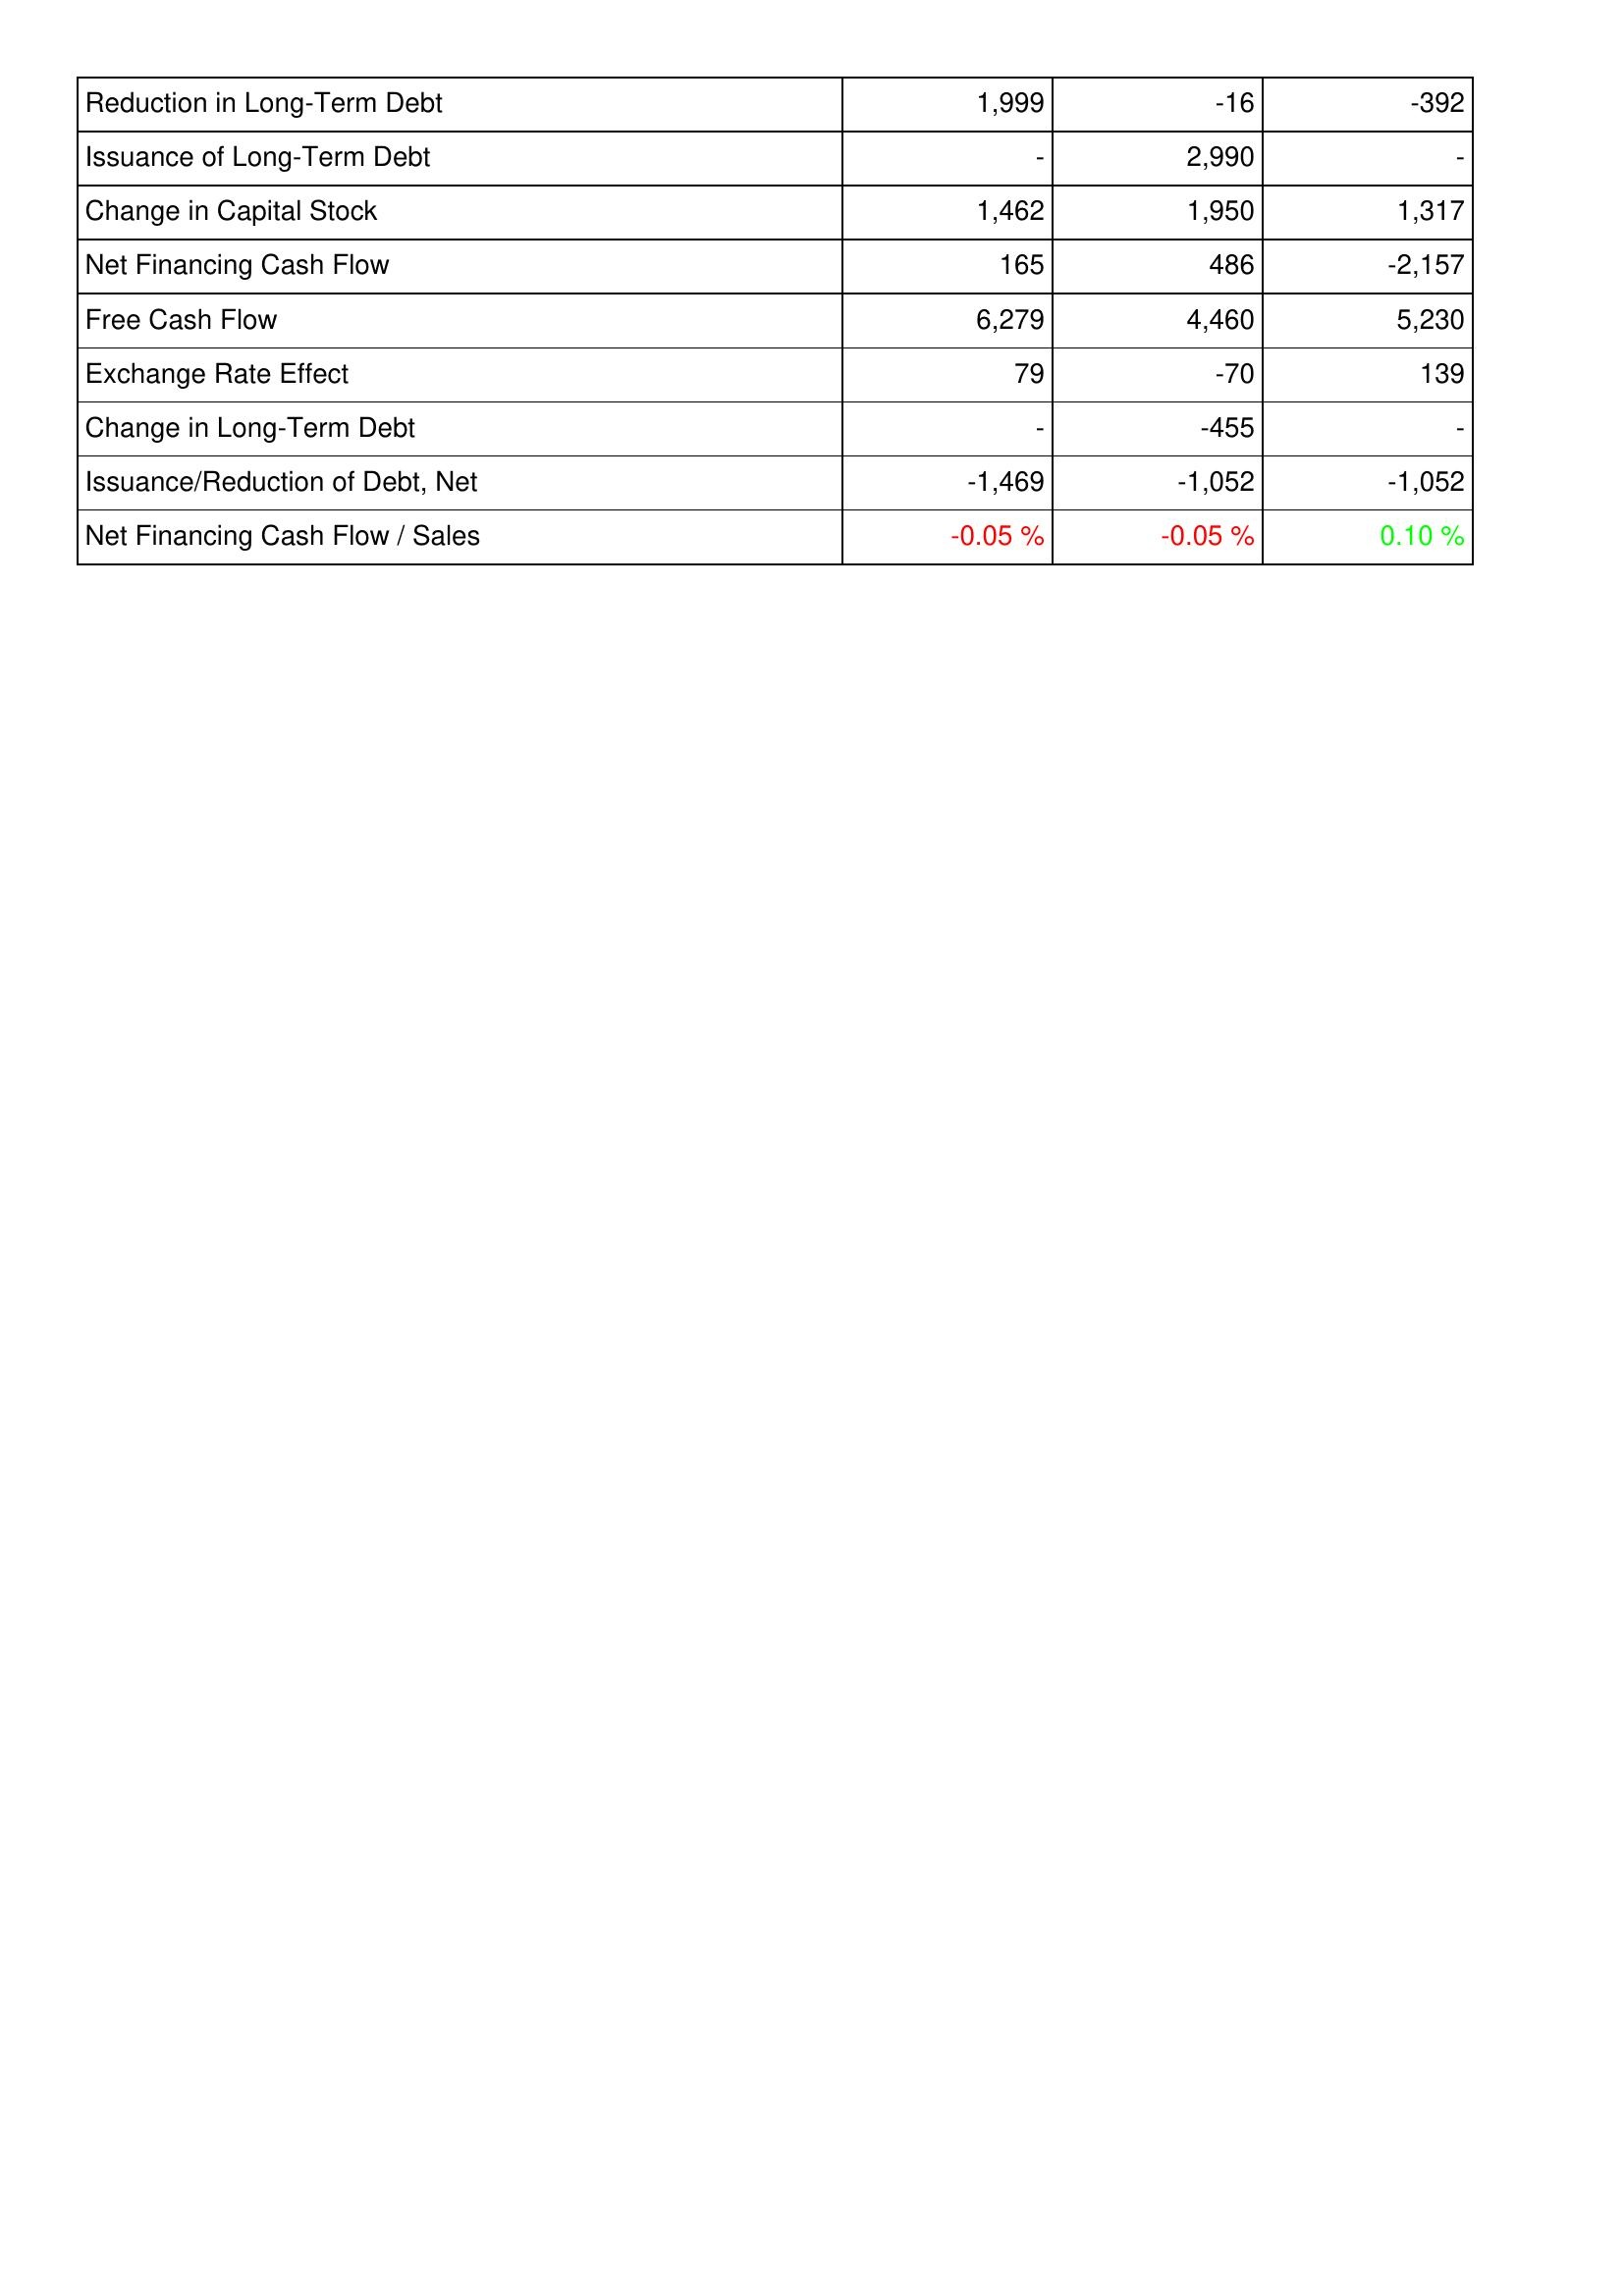
2016: Financing Activities: Reduction in Long-Term Debt: 1,999
Issuance of Long-Term Debt: -
Change in Capital Stock: 1,462
Net Financing Cash Flow: 165
Free Cash Flow: 6,279
Exchange Rate Effect: 79
Change in Long-Term Debt: -
Issuance/Reduction of Debt, Net: -1,469
Net Financing Cash Flow / Sales: -0.05 %
2015: Financing Activities: Reduction in Long-Term Debt: -16
Issuance of Long-Term Debt: 2,990
Change in Capital Stock: 1,950
Net Financing Cash Flow: 486
Free Cash Flow: 4,460
Exchange Rate Effect: -70
Change in Long-Term Debt: -455
Issuance/Reduction of Debt, Net: -1,052
Net Financing Cash Flow / Sales: -0.05 %
2014: Financing Activities: Reduction in Long-Term Debt: -392
Issuance of Long-Term Debt: -
Change in Capital Stock: 1,317
Net Financing Cash Flow: -2,157
Free Cash Flow: 5,230
Exchange Rate Effect: 139
Change in Long-Term Debt: -
Issuance/Reduction of Debt, Net: -1,052
Net Financing Cash Flow / Sales: 0.10 %